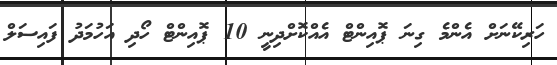
ހަރިކޭނަށް އެންމެ ގިނަ ޕޮއިންޓް އެއްކޮށްދިނީ 10 ޕޮއިންޓް ހޯދި އަހުމަދު ފައިސަލް